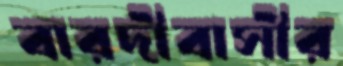
বারদীবাসীর